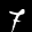
Label: 7